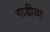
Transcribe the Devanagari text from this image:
गाडीया